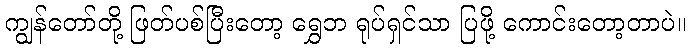
ကျွန်တော်တို့ ဖြတ်ပစ်ပြီးတော့ ရွှေဘ ရုပ်ရှင်သာ ပြဖို့ ကောင်းတော့တာပဲ။